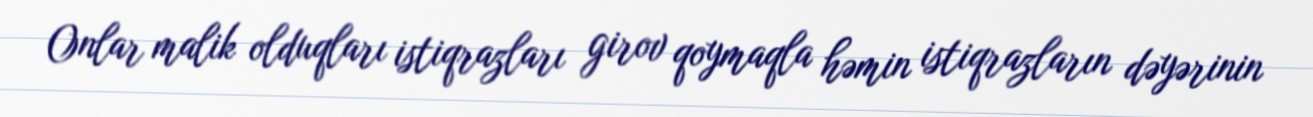
Onlar malik olduqları istiqrazları girov qoymaqla həmin istiqrazların dəyərinin